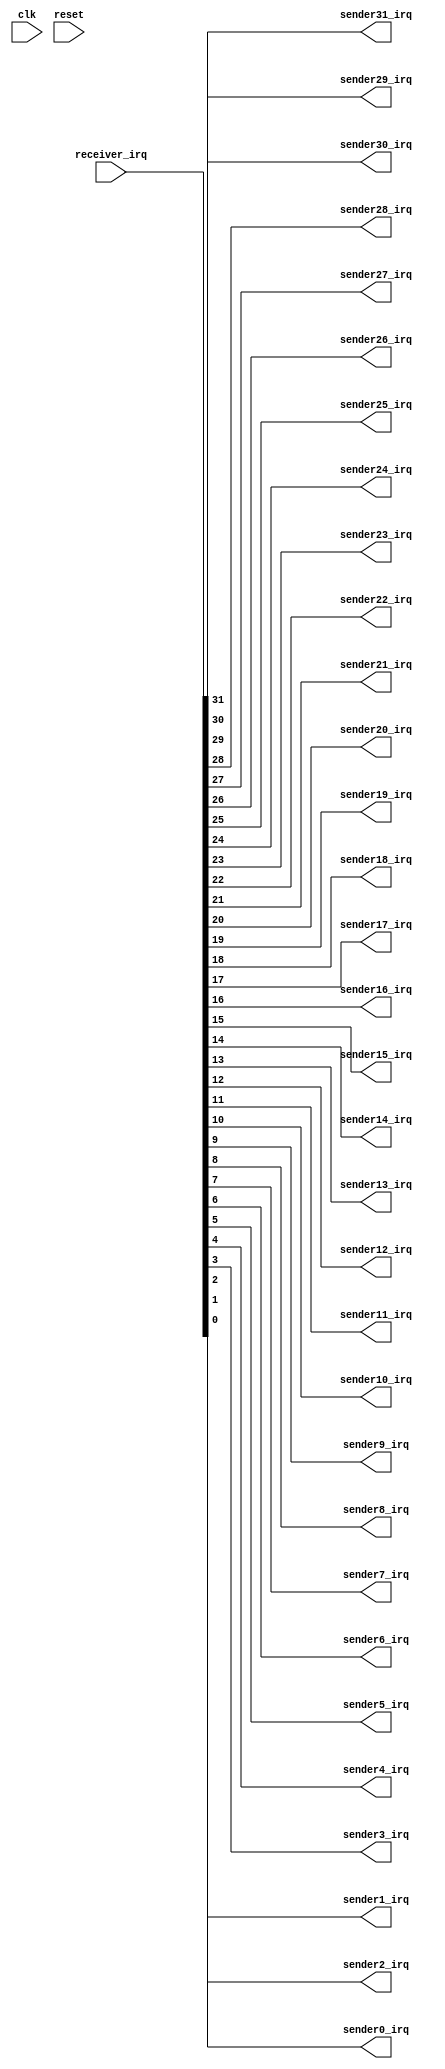
// (C) 2001-2015 Altera Corporation. All rights reserved.
// Your use of Altera Corporation's design tools, logic functions and other 
// software and tools, and its AMPP partner logic functions, and any output 
// files any of the foregoing (including device programming or simulation 
// files), and any associated documentation or information are expressly subject 
// to the terms and conditions of the Altera Program License Subscription 
// Agreement, Altera MegaCore Function License Agreement, or other applicable 
// license agreement, including, without limitation, that your use is for the 
// sole purpose of programming logic devices manufactured by Altera and sold by 
// Altera or its authorized distributors.  Please refer to the applicable 
// agreement for further details.


// $Id: //acds/rel/15.1/ip/merlin/altera_irq_bridge/altera_irq_bridge.v#1 $
// $Revision: #1 $
// $Date: 2015/08/09 $
// $Author: swbranch $
// -------------------------------------------------------
// Altera IRQ Bridge
//
// Parameters
//   IRQ_WIDTH        : $IRQ_WIDTH
//
// -------------------------------------------------------

//------------------------------------------
// Message Supression Used
// QIS Warnings
// 15610 - Warning: Design contains x input pin(s) that do not drive logic
//------------------------------------------


`timescale 1 ns / 1 ns

module altera_irq_bridge
#(
	parameter IRQ_WIDTH	= 32
)
(
	(*altera_attribute = "-name MESSAGE_DISABLE 15610" *) // setting message suppression on clk
	input				clk,
	(*altera_attribute = "-name MESSAGE_DISABLE 15610" *) // setting message suppression on reset
	input				reset,
	input [IRQ_WIDTH - 1:0]		receiver_irq,
	output 				sender31_irq,
        output                          sender30_irq,
        output                          sender29_irq,
        output                          sender28_irq,
        output                          sender27_irq,
        output                          sender26_irq,
        output                          sender25_irq,
        output                          sender24_irq,
        output                          sender23_irq,
        output                          sender22_irq,
        output                          sender21_irq,
        output                          sender20_irq,
        output                          sender19_irq,
        output                          sender18_irq,
        output                          sender17_irq,
        output                          sender16_irq,
        output                          sender15_irq,
        output                          sender14_irq,
        output                          sender13_irq,
        output                          sender12_irq,
        output                          sender11_irq,
        output                          sender10_irq,
        output                          sender9_irq,
        output                          sender8_irq,
        output                          sender7_irq,
        output                          sender6_irq,
        output                          sender5_irq,
        output                          sender4_irq,
        output                          sender3_irq,
        output                          sender2_irq,
        output                          sender1_irq,
        output                          sender0_irq
);

	wire [31:0]                     receiver_temp_irq;
	assign receiver_temp_irq = {{(32 - IRQ_WIDTH){1'b0}}, receiver_irq};  //to align a non-32bit receiver interface with 32 interfaces of the receiver

	assign sender0_irq = receiver_temp_irq[0];
        assign sender1_irq = receiver_temp_irq[1];
        assign sender2_irq = receiver_temp_irq[2];
        assign sender3_irq = receiver_temp_irq[3];
        assign sender4_irq = receiver_temp_irq[4];
        assign sender5_irq = receiver_temp_irq[5];
        assign sender6_irq = receiver_temp_irq[6];
        assign sender7_irq = receiver_temp_irq[7];
        assign sender8_irq = receiver_temp_irq[8];
        assign sender9_irq = receiver_temp_irq[9];
        assign sender10_irq = receiver_temp_irq[10];
        assign sender11_irq = receiver_temp_irq[11];
        assign sender12_irq = receiver_temp_irq[12];
        assign sender13_irq = receiver_temp_irq[13];
        assign sender14_irq = receiver_temp_irq[14];
        assign sender15_irq = receiver_temp_irq[15];
        assign sender16_irq = receiver_temp_irq[16];
        assign sender17_irq = receiver_temp_irq[17];
        assign sender18_irq = receiver_temp_irq[18];
        assign sender19_irq = receiver_temp_irq[19];
        assign sender20_irq = receiver_temp_irq[20];
        assign sender21_irq = receiver_temp_irq[21];
        assign sender22_irq = receiver_temp_irq[22];
        assign sender23_irq = receiver_temp_irq[23];
        assign sender24_irq = receiver_temp_irq[24];
        assign sender25_irq = receiver_temp_irq[25];
        assign sender26_irq = receiver_temp_irq[26];
        assign sender27_irq = receiver_temp_irq[27];
        assign sender28_irq = receiver_temp_irq[28];
        assign sender29_irq = receiver_temp_irq[29];
        assign sender30_irq = receiver_temp_irq[30];
        assign sender31_irq = receiver_temp_irq[31];

endmodule